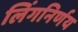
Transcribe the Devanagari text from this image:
लिंगनिर्णय